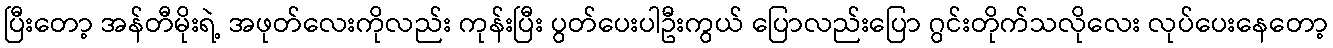
ပြီးတော့ အန်တီမိုးရဲ့ အဖုတ်လေးကိုလည်း ကုန်းပြီး ပွတ်ပေးပါဦးကွယ် ပြောလည်းပြော ဂွင်းတိုက်သလိုလေး လုပ်ပေးနေတော့